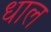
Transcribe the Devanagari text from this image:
धाल